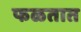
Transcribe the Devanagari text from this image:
फळतात